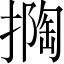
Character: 𱠯